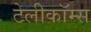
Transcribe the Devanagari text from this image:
टेलीकॉम्स